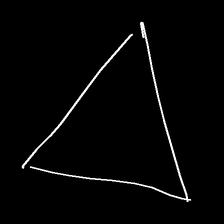
Glyph: convergence